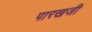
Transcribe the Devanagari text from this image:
पारखजी